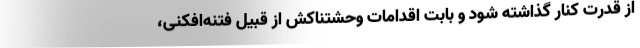
از قدرت کنار گذاشته شود و بابت اقدامات وحشتناکش از قبیل فتنه‌افکنی،